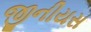
જીનીયસ